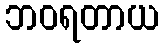
ဘဝရတာယ